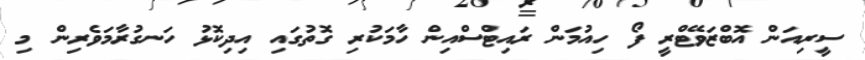
ސީރިއަން އޮބްޒަވޭޓްރީ ފޯ ހިއުމަން ރައިޓްސްއިން ހާމަކުރި ގޮތުގައި އިދިކޮޅު ހަނގުރާމަވެރިން މި